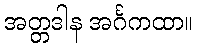
အတ္တဒါန အင်္ဂကထာ။